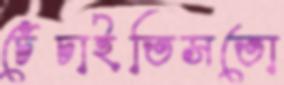
চেঁচাইতিসতো